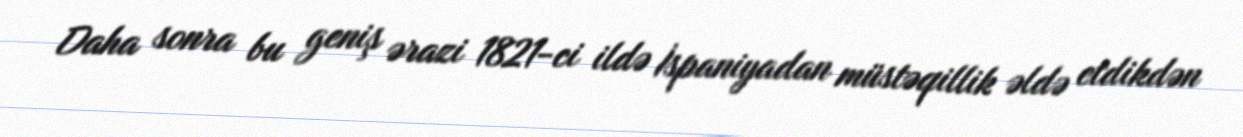
Daha sonra bu geniş ərazi 1821-ci ildə İspaniyadan müstəqillik əldə etdikdən